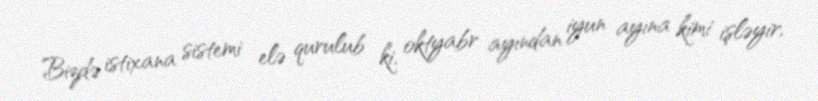
Bizdə istixana sistemi elə qurulub ki, oktyabr ayından iyun ayına kimi işləyir,